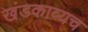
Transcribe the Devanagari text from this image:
खंडकाव्यच